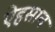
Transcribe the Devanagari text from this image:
ऐहसान